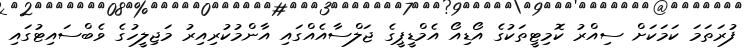
ފުރަތަމަ ކަމަކަށް ސިއްރު ކޮމިޓީތަކުގެ އޯޑިއޯ އެމްޑީޕީގެ ޖަލްސާއެއްގައި އާންމުކުރިއިރު މަޖިލީހުގެ ވެބްސައިޓުގައި